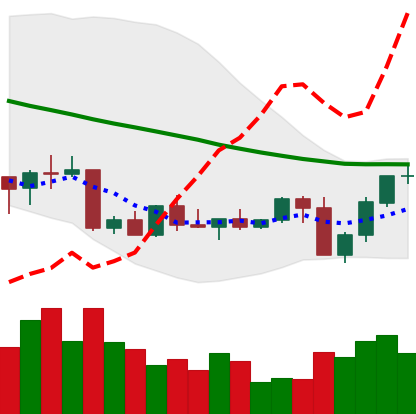
Ticker: NEO-USD
Chart end date: 2022-09-10
Forward return: -7.976%
Label: down_7plus